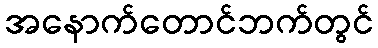
အနောက်တောင်ဘက်တွင်